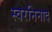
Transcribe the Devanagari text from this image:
स्वरनिनाद